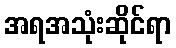
အရအသုံးဆိုင်ရာ